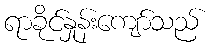
ရာခိုင်နှုန်းကျော်သည်